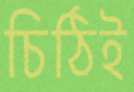
চিঠিই